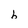
Character: b